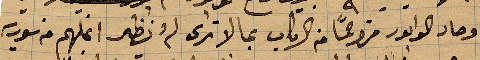
وصار الوابور مزدحمًأ من الركاب بما لا ترى لم ويظهر اغلبهم من سورية